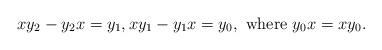
LaTeX: \begin{align*}x y_2-y_2 x=y_1, x y_1-y_1 x=y_0, \textrm{ where }y_0 x=x y_0.\end{align*}